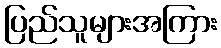
ပြည်သူများအကြား